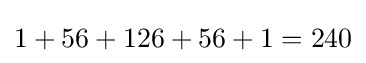
1+56+126+56+1=240